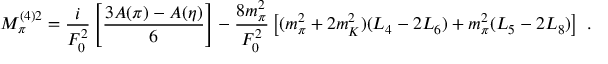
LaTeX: M _ { \pi } ^ { ( 4 ) 2 } = { \frac { i } { F _ { 0 } ^ { 2 } } } \left[ { \frac { 3 A ( \pi ) - A ( \eta ) } { 6 } } \right] - { \frac { 8 m _ { \pi } ^ { 2 } } { F _ { 0 } ^ { 2 } } } \left[ ( m _ { \pi } ^ { 2 } + 2 m _ { K } ^ { 2 } ) ( L _ { 4 } - 2 L _ { 6 } ) + m _ { \pi } ^ { 2 } ( L _ { 5 } - 2 L _ { 8 } ) \right] \ .